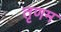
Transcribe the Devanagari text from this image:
तृणम